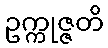
ဥက္ကုဇ္ဇတိ